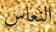
النعاس